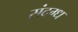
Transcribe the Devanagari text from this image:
संद्ग्ध